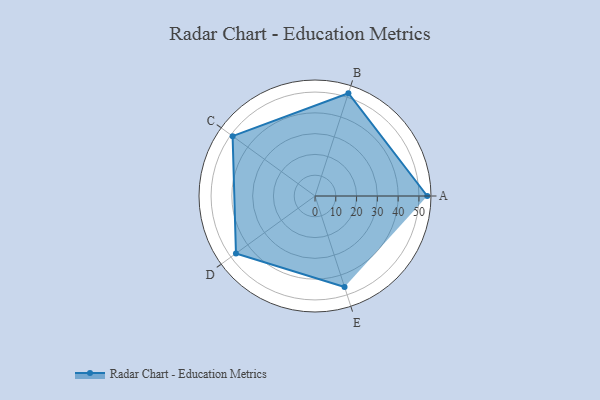
{"axis": {"x": "Skill", "y": "Score"}, "legend": ["Profile"], "data": [{"x": "A", "y": 54.0, "type": "Profile"}, {"x": "B", "y": 52.0, "type": "Profile"}, {"x": "C", "y": 49.0, "type": "Profile"}, {"x": "D", "y": 47.0, "type": "Profile"}, {"x": "E", "y": 46.0, "type": "Profile"}]}